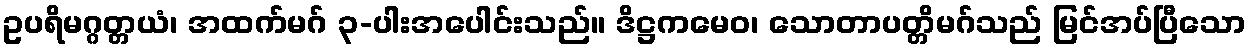
ဥပရိမဂ္ဂတ္တယံ၊ အထက်မဂ် ၃-ပါးအပေါင်းသည်။ ဒိဋ္ဌကမေဝ၊ သောတာပတ္တိမဂ်သည် မြင်အပ်ပြီသော